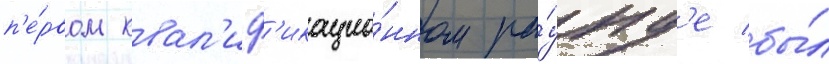
п'е́рвом квал'иф'икацио́нном ра́унд'е бы́л